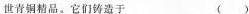
世青铜精品。它们铸造于 ( )